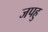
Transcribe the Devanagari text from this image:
जपहु